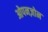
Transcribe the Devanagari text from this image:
ओपनज़ोन